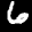
Label: 6